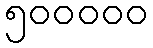
၅၀၀၀၀၀